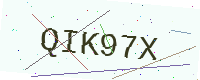
Text: QIK97X